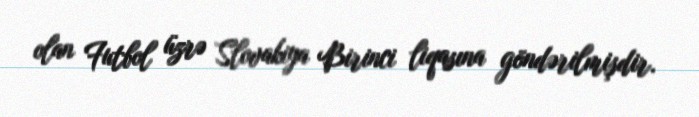
olan Futbol üzrə Slovakiya Birinci liqasına göndərilmişdir.